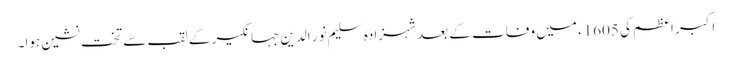
اکبر اعظم کی 1605ء میں وفات کے بعد شہزادہ سلیم نور الدین جہانگیر کے لقب سے تخت نشین ہوا۔